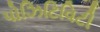
પોઝિટિવિટી